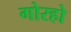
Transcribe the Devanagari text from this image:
गोरहो